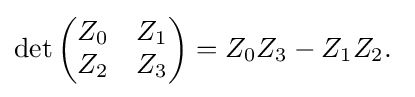
\det \left({\begin{matrix}Z_{0}&Z_{1}\\Z_{2}&Z_{3}\end{matrix}}\right)=Z_{0}Z_{3}-Z_{1}Z_{2}.\